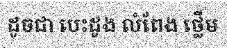
ដូចជា បេះដូង លំពែង ថ្លើម